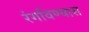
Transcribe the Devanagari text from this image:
रंगविण्यास